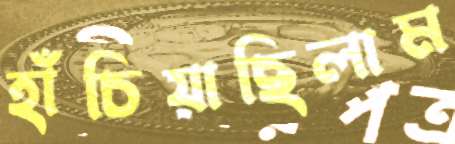
হাঁচিয়াছিলাম